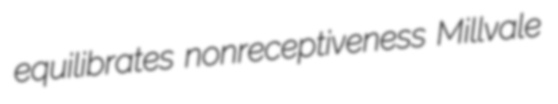
equilibrates nonreceptiveness Millvale